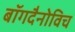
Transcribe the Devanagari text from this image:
बॉगदैनोविच